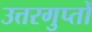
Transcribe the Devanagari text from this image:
उत्तरगुप्तों